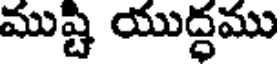
ముష్టి యుద్ధము